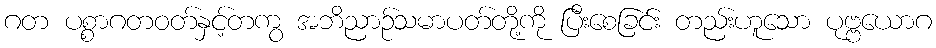
ဂတ ပစ္စာဂတဝတ်နှင့်တကွ အဘိညာဉ်သမာပတ်တို့ကို ပြီးစေခြင်း တည်းဟူသော ပုဗ္ဗယောဂ